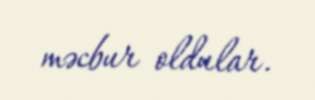
məcbur oldular.